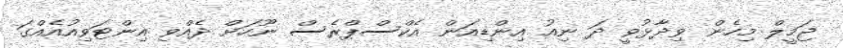
ޖަމީލް މިހެން ވިދާޅުވީ ދަ ނިއު އިންޑިއަން އެކްސްޕްރެސް ނޫހަށް ދެއްވި އިންޓަވިއުއެއްގަ